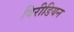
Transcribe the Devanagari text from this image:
विरीडियन